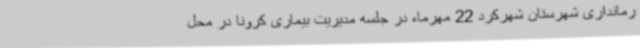
رمانداری شهرستان شهرکرد 22 مهرماه در جلسه مدیریت بیماری کرونا در محل